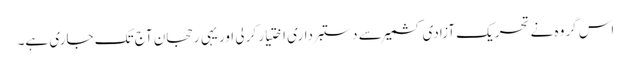
اس گروہ نے تحریک آزادیِ کشمیر سے دستبرداری اختیار کر لی اور یہی رحجان آج تک جاری ہے۔